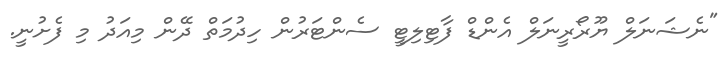
"ނެޝަނަލް ޔޫރޯރީނަލް އެންޑް ފާޓިލިޓީ ސެންޓަރުން ހިދުމަތް ދޭން މިއަދު މި ފެށުނީ.